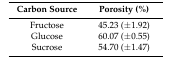
| Carbon Source | Porosity (%) |
 | --- | --- |
 | Fructose | 45.23 (±1.92) |
 | Glucose | 60.07 (±0.55) |
 | Sucrose | 54.70 (±1.47) |